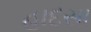
હાદસા